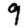
Digit: 9